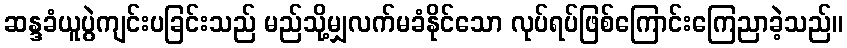
ဆန္ဒခံယူပွဲကျင်းပခြင်းသည် မည်သို့မျှလက်မခံနိုင်သော လုပ်ရပ်ဖြစ်ကြောင်းကြေညာခဲ့သည်။